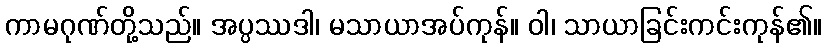
ကာမဂုဏ်တို့သည်။ အပ္ပဿဒါ၊ မသာယာအပ်ကုန်။ ဝါ၊ သာယာခြင်းကင်းကုန်၏။